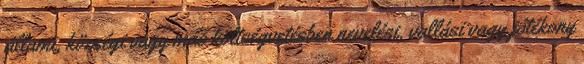
állami, községi vagy más költségvetésben nevelési, vallási vagy jótékony